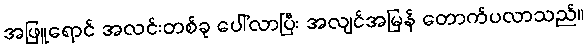
အဖြူရောင် အလင်းတစ်ခု ပေါ်လာပြီး အလျင်အမြန် တောက်ပလာသည်။